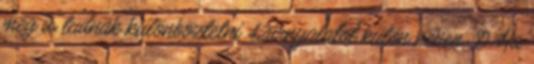
meg is tudnak különböztetni 42árnyalatot külön néven :D Ha